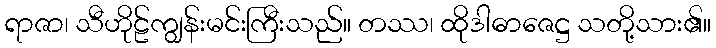
ရာဇာ၊ သီဟိုဠ်ကျွန်းမင်းကြီးသည်။ တဿ၊ ထိုဒါဓာဇေဋ္ဌ သတို့သား၏။